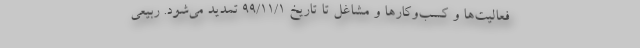
فعالیت‌ها و کسب‌وکارها و مشاغل تا تاریخ ۹۹/۱۱/۱ تمدید می‌شود. ربیعی